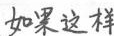
如果这样